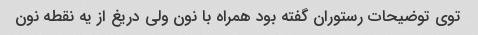
توی توضیحات رستوران گفته بود همراه با نون ولی دریغ از یه نقطه نون